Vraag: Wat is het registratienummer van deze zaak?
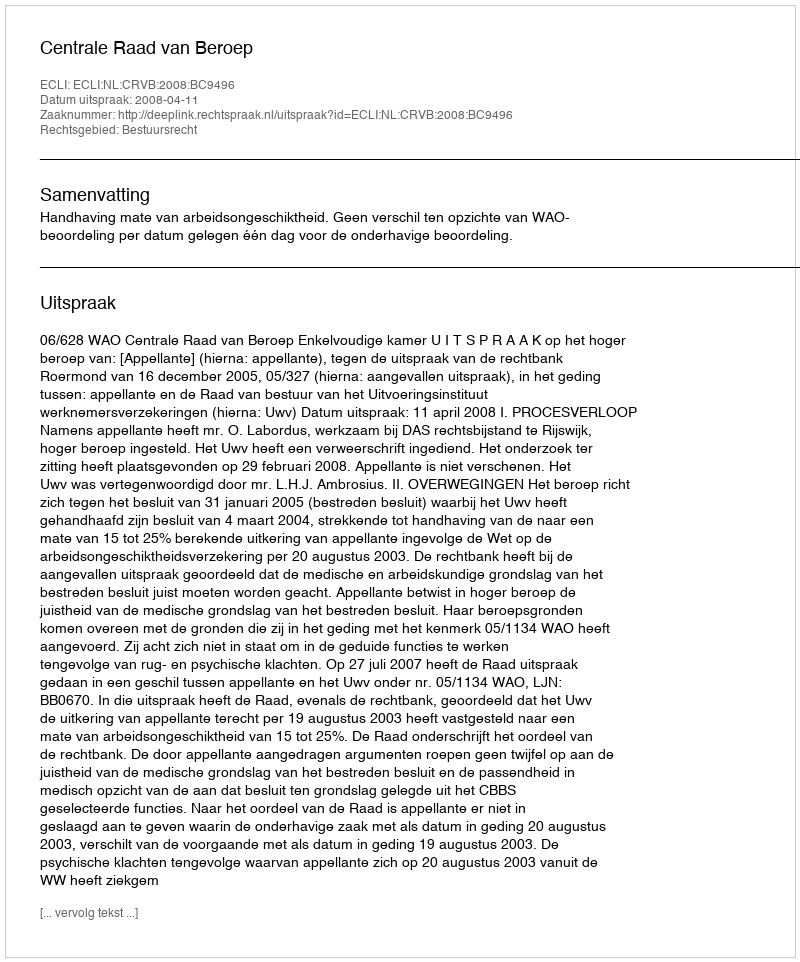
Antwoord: http://deeplink.rechtspraak.nl/uitspraak?id=ECLI:NL:CRVB:2008:BC9496